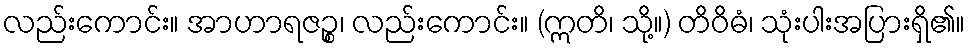
လည်းကောင်း။ အာဟာရဇဉ္စ၊ လည်းကောင်း။ (ဣတိ၊ သို့။) တိဝိဓံ၊ သုံးပါးအပြားရှိ၏။